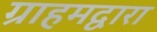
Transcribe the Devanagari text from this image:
ग्राहमद्वारा